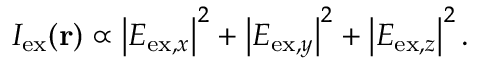
\begin{array} { r } { I _ { \mathrm { e x } } ( \mathbf { r } ) \propto \left\vert E _ { \mathrm { e x } , x } \right\vert ^ { 2 } + \left\vert E _ { \mathrm { e x } , y } \right\vert ^ { 2 } + \left\vert E _ { \mathrm { e x } , z } \right\vert ^ { 2 } . } \end{array}